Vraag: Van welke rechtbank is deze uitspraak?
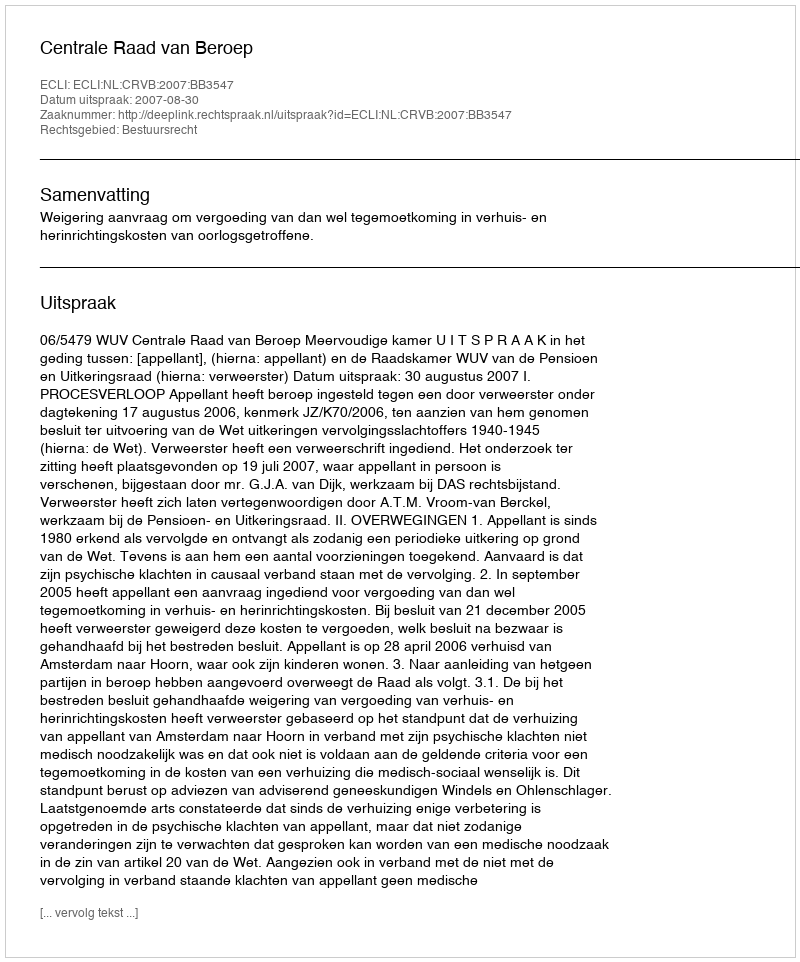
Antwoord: Centrale Raad van Beroep